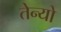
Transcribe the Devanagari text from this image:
तेन्यो